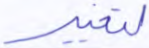
لتغيير